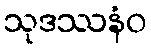
သုဒဿနံဝ